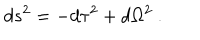
d s ^ { 2 } = - d \tau ^ { 2 } + d \Omega ^ { 2 } \ .